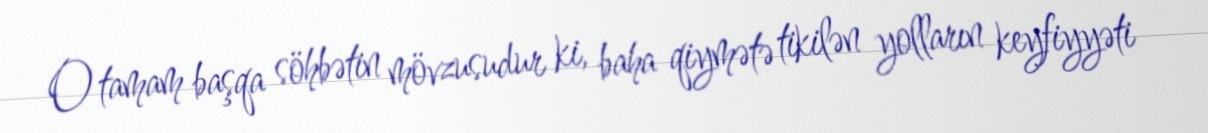
O tamam başqa söhbətin mövzusudur ki, baha qiymətə tikilən yolların keyfiyyəti